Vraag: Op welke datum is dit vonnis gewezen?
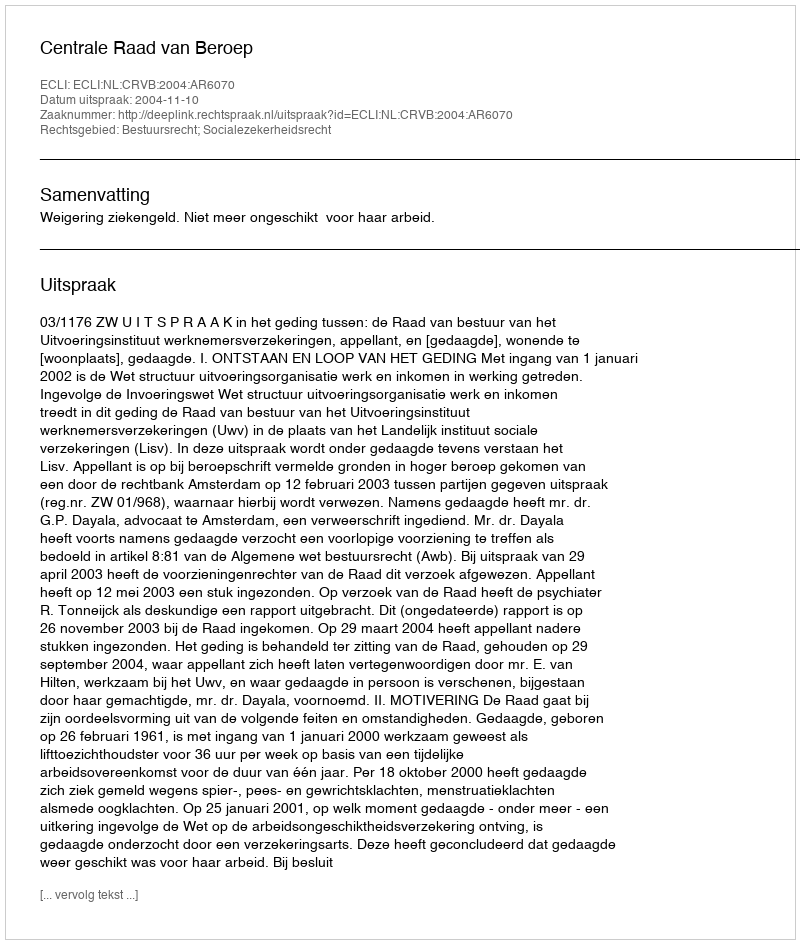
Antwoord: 2004-11-10